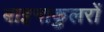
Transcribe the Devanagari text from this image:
बाइनाकुलरों